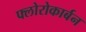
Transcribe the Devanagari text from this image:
फ्लोरोकार्बन